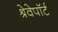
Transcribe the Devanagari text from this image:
श्रेवेपाॅर्ट